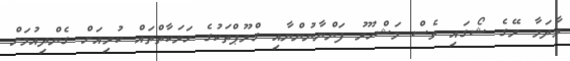
މާދަމާ ރޭގެ ޝޯގައި ވެސް މަޝްހޫރު ފަންނާނުންނާއި ގްރޫޕްތަކުގެ ހަރަކާތްތައް ކުރިއަށް ގެންދިއުމަށް